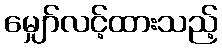
မျှော်လင့်ထားသည့်